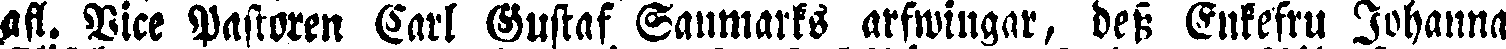
afl. Vice Pastoren Carl Gustaf Ganmarks arfwingar, dess Enkefru Johanna